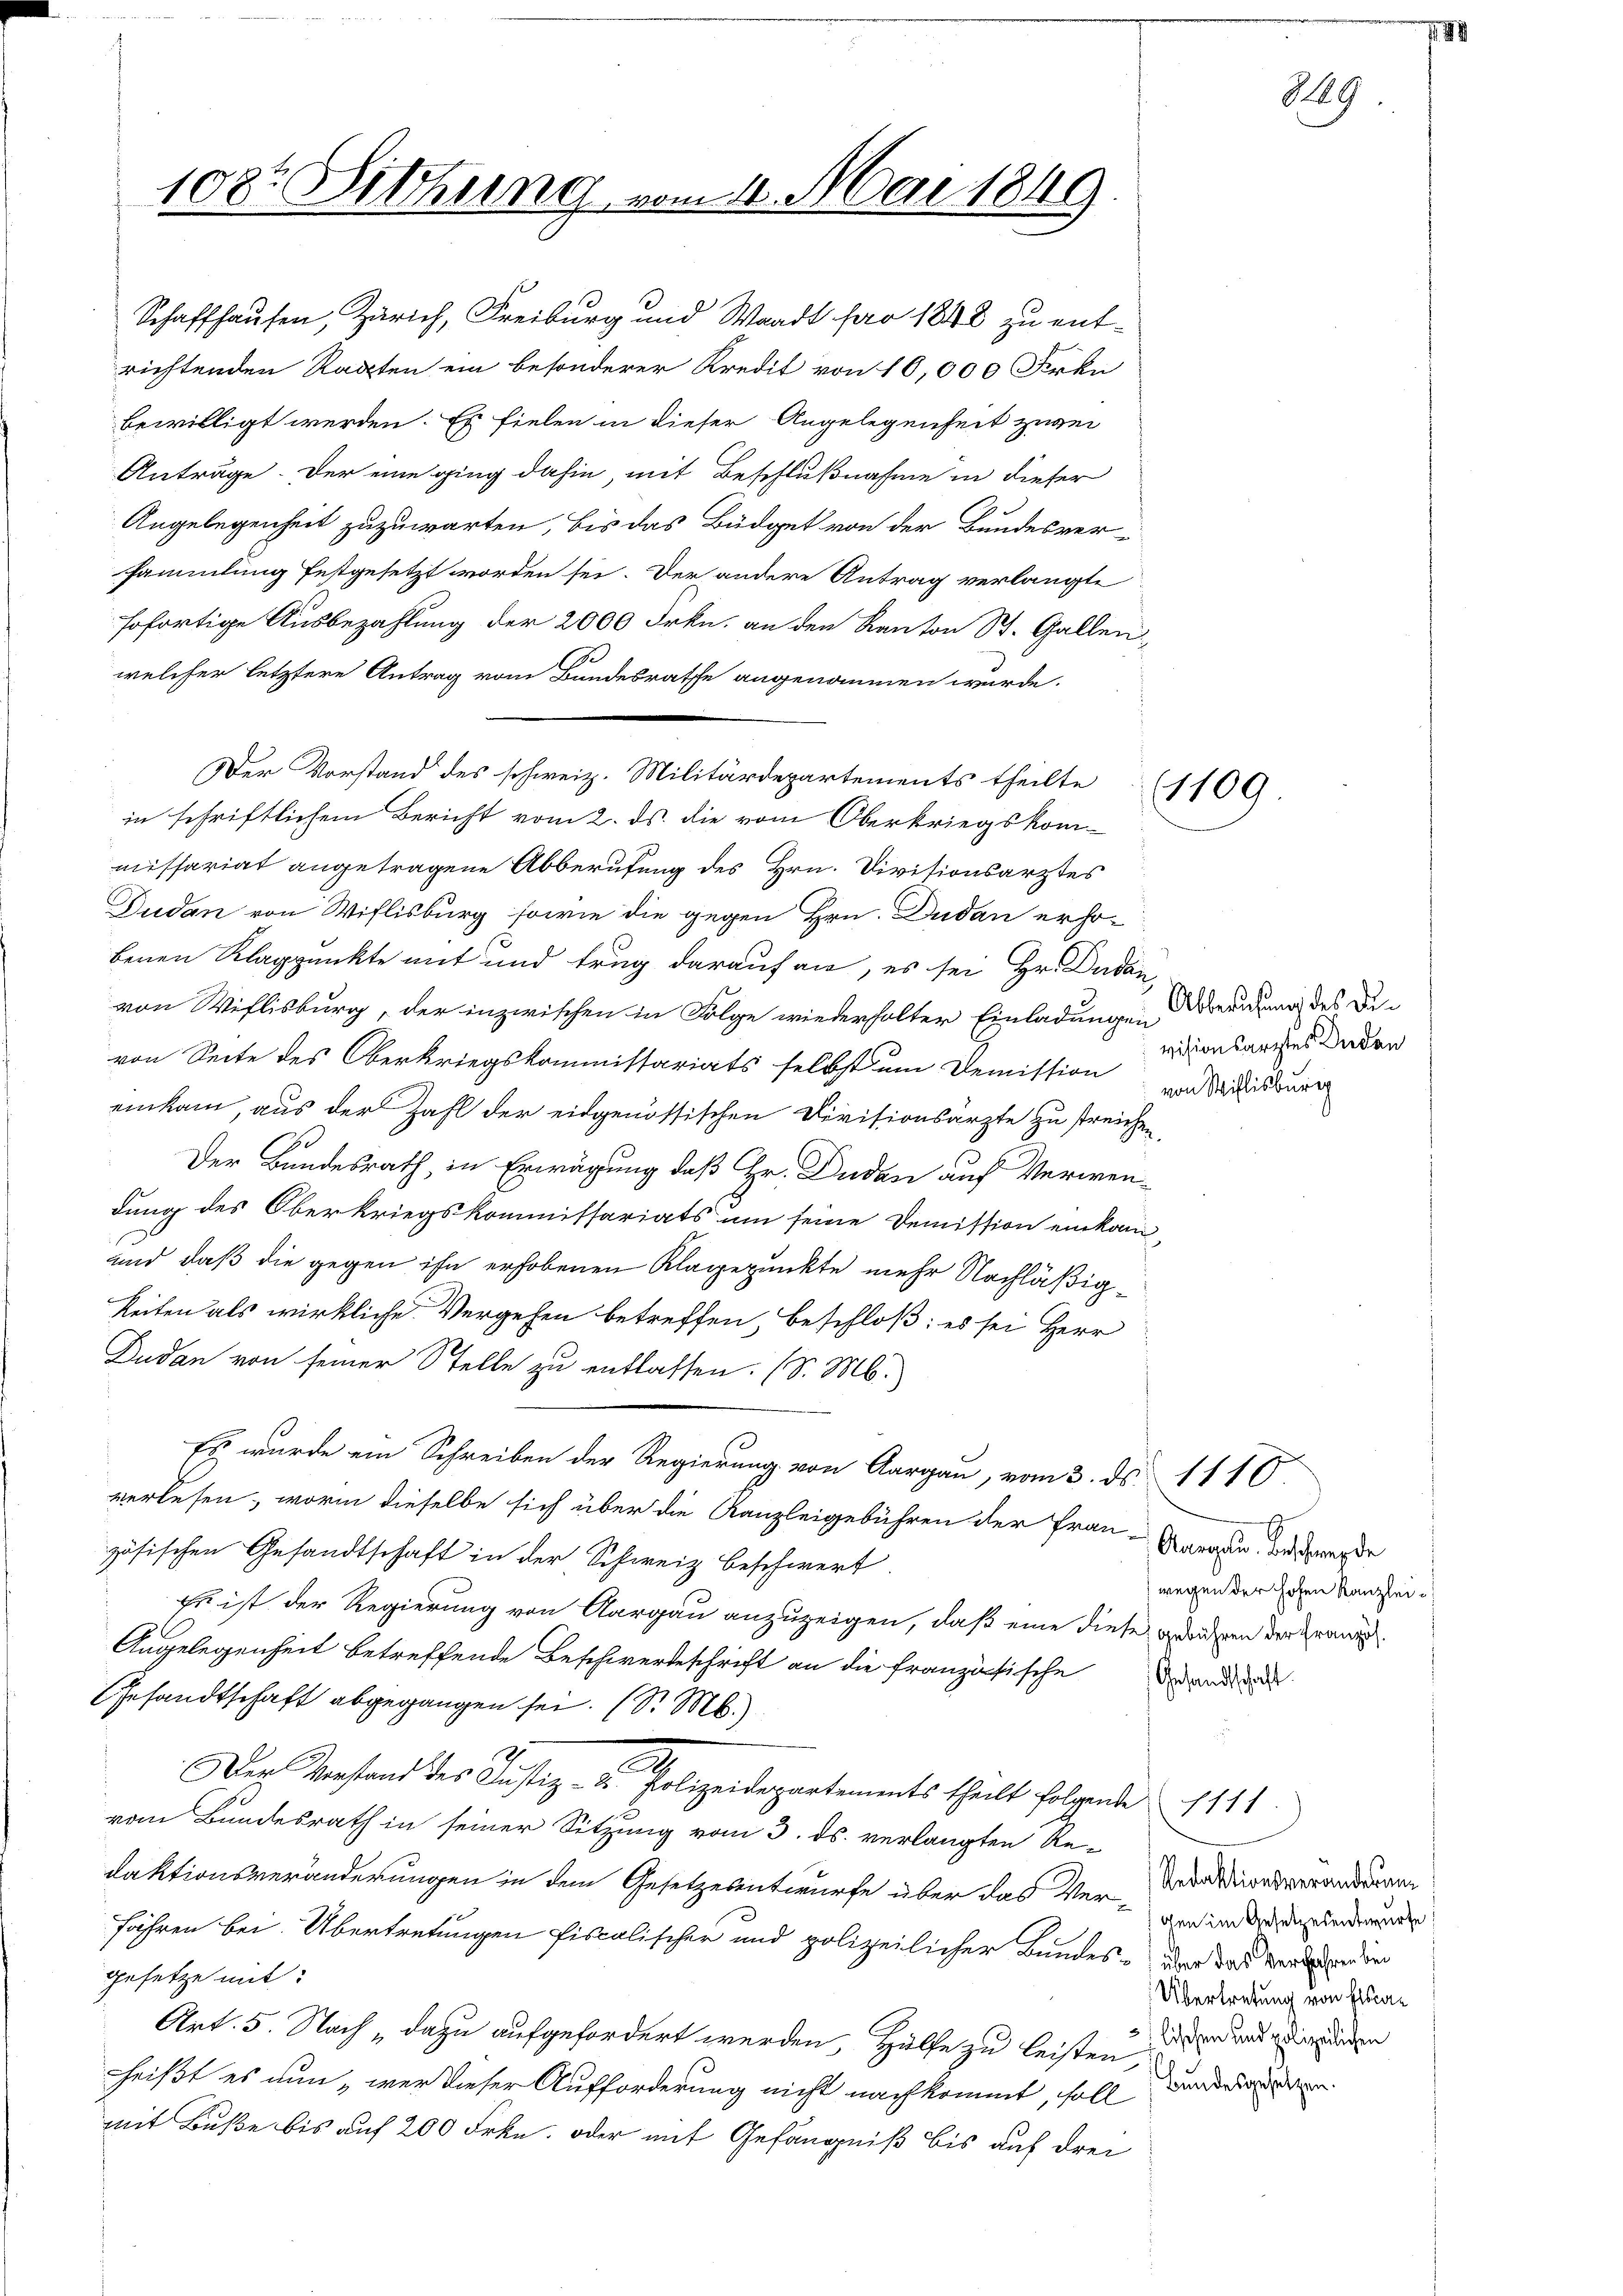
bewilligt werden. Es fielen in dieser Angelegenheit zwei
Anträge. Der eine ging dahin, mit Beschlußnahme in dieser
Angelegenheit zuzuwarten, bis das Büdget von der Bundesver-
sammlung festgesetzt worden sei. Der andere Antrag verlangte
sofortige Ausbezahlung der 2000 Frkn. an den Kanton St. Gallen,
welcher letztere Antrag vom Bundesrathe angenommen wurde.
missariat angetragene Abberufung des Hrn. Divisionsarztes
Dudan von Willisburg, sowie die gegen Hrn. Dudan erho-
benen Klagpunkte mit und trug darauf an, es sei Hr. Duden
von Willisburg, der inzwischen in Folge wiederholter Einladungen berichtung des Devon Seite des Oberkriegskommissariats selbst um Demission und Seidlisbuer
einkam, aus der Zahl der eidgenössischen Divisionsärzte zu streichen,
e
Der Bundesrath, in Erwägung daß Hr. Duden auf Verwendung des Oberkriegskommissariats um seine Demission einkom-
und daß die gegen ihn erhobenen Klagepunkte mehr Nachläßig¬
Zeiten als wirkliche Vergehen betreffen, beschloß: es sei Herr
Dudan von seiner Stelle zu entlassen. (S. M.
Es wurde ein Schreiben der Regierung von Aargau, vom 3. ds. 1110.
verlesen, worin dieselbe sich über die Kanzleigebühren der Frau-Aargau, das werde
zösischen Gesandtschaft in der Schweiz beschwert.
Es ist der Regierung von Aargau anzuzeigen, daß eine diese gedanken der Gran
Angelegenheit betreffende Beschwerdeschrift an die französische Dau
Gesandtschaft abgegangen sei. (S. M.)
u
Der Vorstand des Justiz- & Polizeidepartements theilt folgende
vom Bundesrath in seiner Sitzung vom 3. ds. verlangten Re-
daktionsveränderungen in dem Gesetzesentwurfe über das Verfähren bei. Übertretungen fiscalischer und polizeilicher Bundes- der das Verdin
gesetze mit
Art. 5. Nach dazu aufgefordert werden, Hülfe zu leisten,
heißt es nun wer dieser Aufforderung nicht nachkommt, soll
mit Buße bis auf 200 Frkn. oder mit Gefängniß bis auf drei

108r Dittung vom 4. Mai 1849.

Schaffhausen, Zürich, Freiburg und Waadt pro 1848 zu entrichtenden Ragten ein besonderer Kredit von 10,000 Frkn

Der Vorstand des schweiz. Militärdepartements theilte
in schriftlichem Bericht vom 2. ds. die vom Oberkriegskom¬

visionsarztes Duden

1109

849.

wegen der hohen Kanzlei¬

Redaktionsveränderung
gen im Gesetzesentwurfe
Übertretung von Escan
 Fischen und polizeilichen
Bundesgesetzen.

111